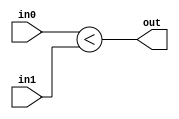
module C_LessI(in0, in1, out);

	parameter BITS = 1;
	input signed [BITS-1:0] in0;
	input signed [BITS-1:0] in1;
	output out;

	assign out = in0 < in1;

endmodule